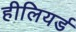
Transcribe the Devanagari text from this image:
हीलियर्ड